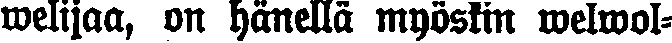
welijaa, on hänellä myöskin welwol-